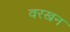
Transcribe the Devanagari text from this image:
वरखन